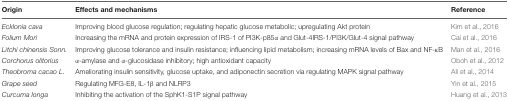
<table><thead><tr><td><b>Origin</b></td><td><b>Effects and mechanisms</b></td><td><b>Reference</b></td></tr></thead><tbody><tr><td><i>Ecklonia cava</i></td><td>Improving blood glucose regulation; regulating hepatic glucose metabolic; upregulating Akt protein</td><td>Kim et al., 2016</td></tr><tr><td><i>Folium Mori</i></td><td>Increasing the mRNA and protein expression of IRS-1 of PI3K-p85α and Glut-4IRS-1/PI3K/Glut-4 signal pathway</td><td>Cai et al., 2016</td></tr><tr><td><i>Litchi chinensis Sonn.</i></td><td>Improving glucose tolerance and insulin resistance; influencing lipid metabolism; increasing mRNA levels of Bax and NF-κB</td><td>Man et al., 2016</td></tr><tr><td><i>Corchorus olitorius</i></td><td>α-amylase and α-glucosidase inhibitory; high antioxidant capacity</td><td>Oboh et al., 2012</td></tr><tr><td><i>Theobroma cacao L.</i></td><td>Ameliorating insulin sensitivity, glucose uptake, and adiponectin secretion via regulating MAPK signal pathway</td><td>Ali et al., 2014</td></tr><tr><td><i>Grape seed</i></td><td>Regulating MFG-E8, IL-1β and NLRP3</td><td>Yin et al., 2015</td></tr><tr><td><i>Curcuma longa</i></td><td>Inhibiting the activation of the SphK1-S1P signal pathway</td><td>Huang et al., 2013</td></tr></tbody></table>